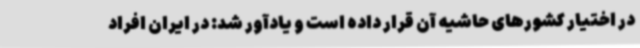
در اختیار کشورهای حاشیه آن قرار داده است و یادآور شد: در ایران افراد